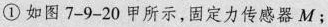
①如图7-9-20甲所示，固定力传感器M；